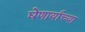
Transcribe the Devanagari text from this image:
घेणार्याच्या